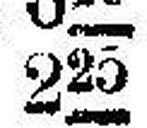
225